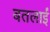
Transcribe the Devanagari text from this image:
बतलाईं